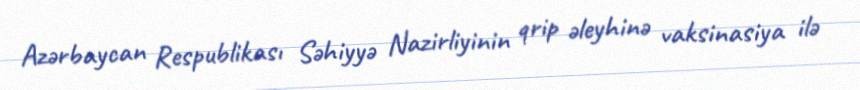
Azərbaycan Respublikası Səhiyyə Nazirliyinin qrip əleyhinə vaksinasiya ilə